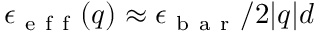
\epsilon _ { \mathrm { ~ e ~ f ~ f ~ } } ( q ) \approx \epsilon _ { \mathrm { ~ b ~ a ~ r ~ } } / 2 | q | d